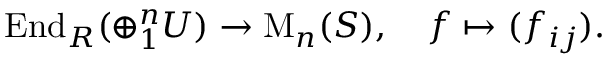
\operatorname { E n d } _ { R } ( \oplus _ { 1 } ^ { n } U ) \to \operatorname { M } _ { n } ( S ) , \quad f \mapsto ( f _ { i j } ) .